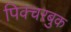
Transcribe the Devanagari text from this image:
पिक्चरबुक